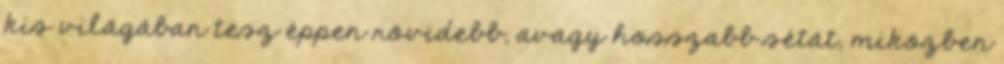
kis világában tesz éppen rövidebb, avagy hosszabb sétát, miközben